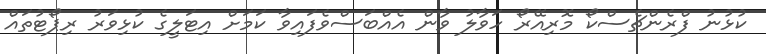
ކުޅުނު ފްރެންޗެސްކޯ މޮރިއޭރޯ ހަވާލު ވާން އެއްބަސްވެފައިވާ ކަމަށް އިޓަލީގެ ކުޅިވަރު ރިޕޯޓުތައް